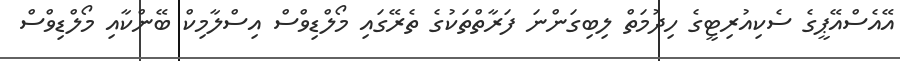
އޭއެސްއޭޕީގެ ސެކިއުރިޓީގެ ހިދުމަތް ލިބިގަންނަ ފަރާތްތަކުގެ ތެރޭގައި މޯލްޑިވްސް އިސްލާމިކް ބޭންކާއި މޯލްޑިވްސް